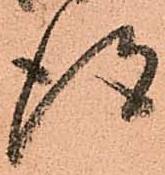
得